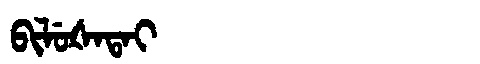
Manchu: ᠪᡳᠯᡠᡧᠠᡨᠠᡳ
Romanization: BILUŠATAI